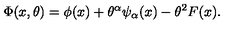
\Phi ( x , \theta ) = \phi ( x ) + \theta ^ { \alpha } \psi _ { \alpha } ( x ) - \theta ^ { 2 } F ( x ) .